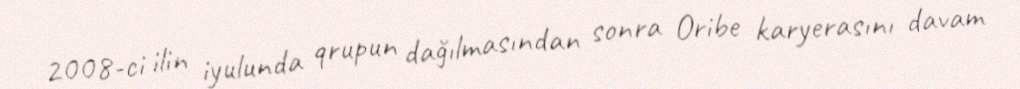
2008-ci ilin iyulunda qrupun dağılmasından sonra Oribe karyerasını davam